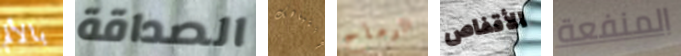
بالألم الصداقة إنتباهك الرماح الأقفاص المنفعة